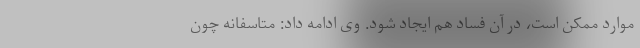
موارد ممکن است، در آن فساد هم ایجاد شود. وی ادامه داد: متاسفانه چون